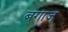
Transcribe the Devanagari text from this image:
बगाज